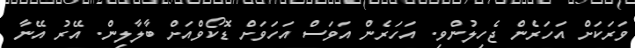
ވަރަކަށް އަހަރެން ޖެހިލުންވި. އަހަރެން އަވަސް އަހަވަށް ޑޮކޯވްއަށް ބާލާލިން. އޭރު އޭނާ